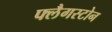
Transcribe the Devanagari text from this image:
फ्लैगस्टोन